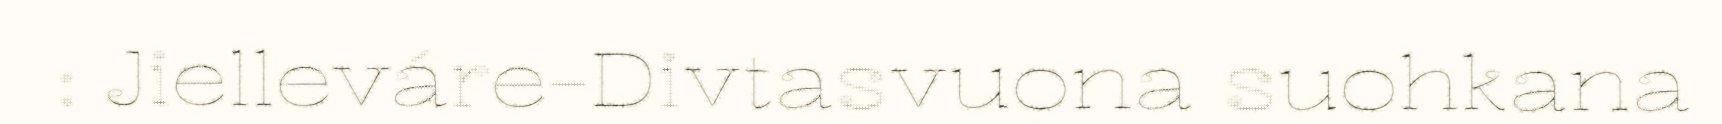
: Jielleváre-Divtasvuona suohkana